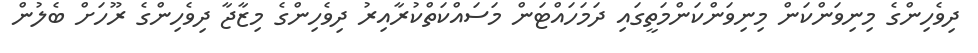
ދިވެހިންގެ މިނިވަންކަން މިނިވަންކަންމަތީގައި ދަމަހައްޓަން މަސައްކަތްކުރާއިރު ދިވެހިންގެ މިޒާޖާ ދިވެހިންގެ ރޫހަށް ބެލުން